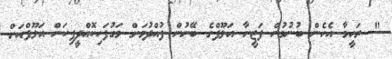
" ރަހީމާ އެހެން ބުނުމުން ފަޒީނާ އަލޫފްގެ ބޭނުން ފުއްދުމަށް މަގުފަހިކޮއްދީފިކަން އަލޫފްއަށް